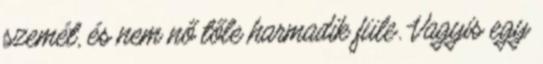
szemét, és nem nő tőle harmadik füle. Vagyis egy